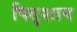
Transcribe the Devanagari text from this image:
पितृशाप